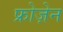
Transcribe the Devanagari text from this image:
फ्रोज़ेन